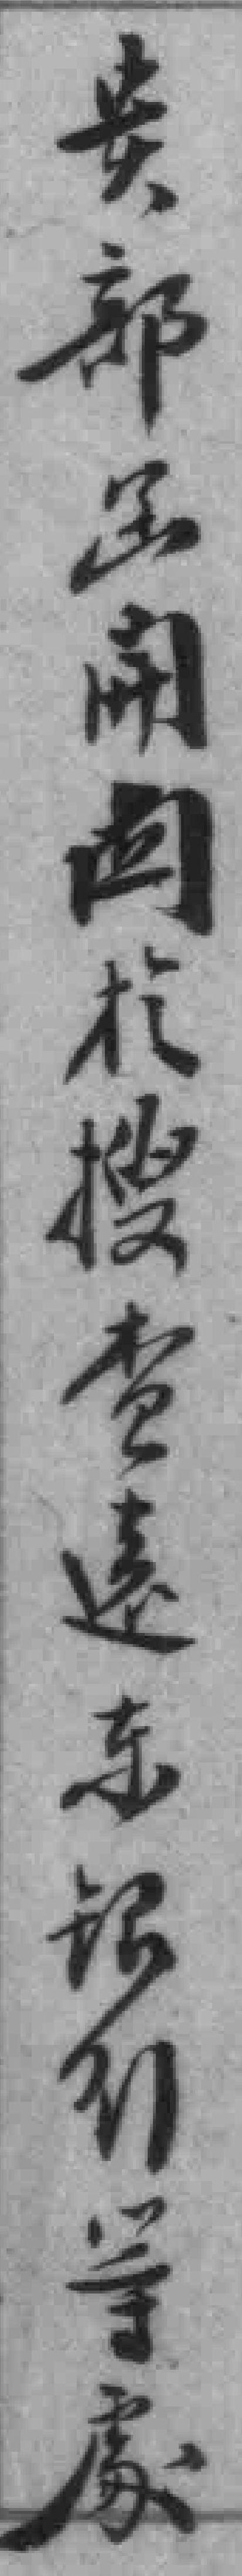
贵部函𫔭*於搜营遠东银行等處